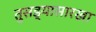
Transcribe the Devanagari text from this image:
तुसड्यासारखा